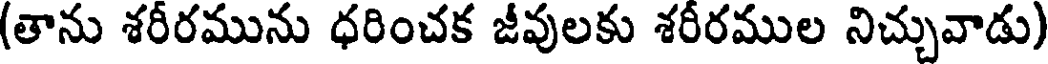
(తాను శరీరమును ధరించక జీవులకు శరీరముల నిచ్చువాడు)